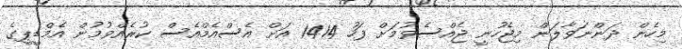
މިހެން ދަންނަވާލަން މިޖެހުނީ ޖެއްސެވުމަށް ފަހު 1414 އަށް އެސްއެމްއެސް ކުރެއްވުމުން އެމްޑީޕީގެ